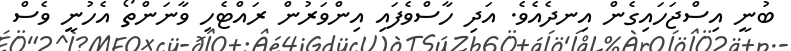
ބުނީ އިސްޖަހައިގެން އިނދެއެވެ. އަދި ހާސްވެފައި އިންވަރުން ރައްޓެހި ވާނަންތޯ އެހުނީ ވެސް